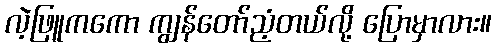
လဲ့ဖြူကကော ကျွန်တော်ညံ့တယ်လို့ ပြောမှာလား။